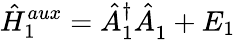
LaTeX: \hat{H}_{1}^{aux}=\hat{A}_{1}^{\dagger}\hat{A}_{1}^{\phantom{\dagger}}+E_{1}